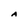
Character: A